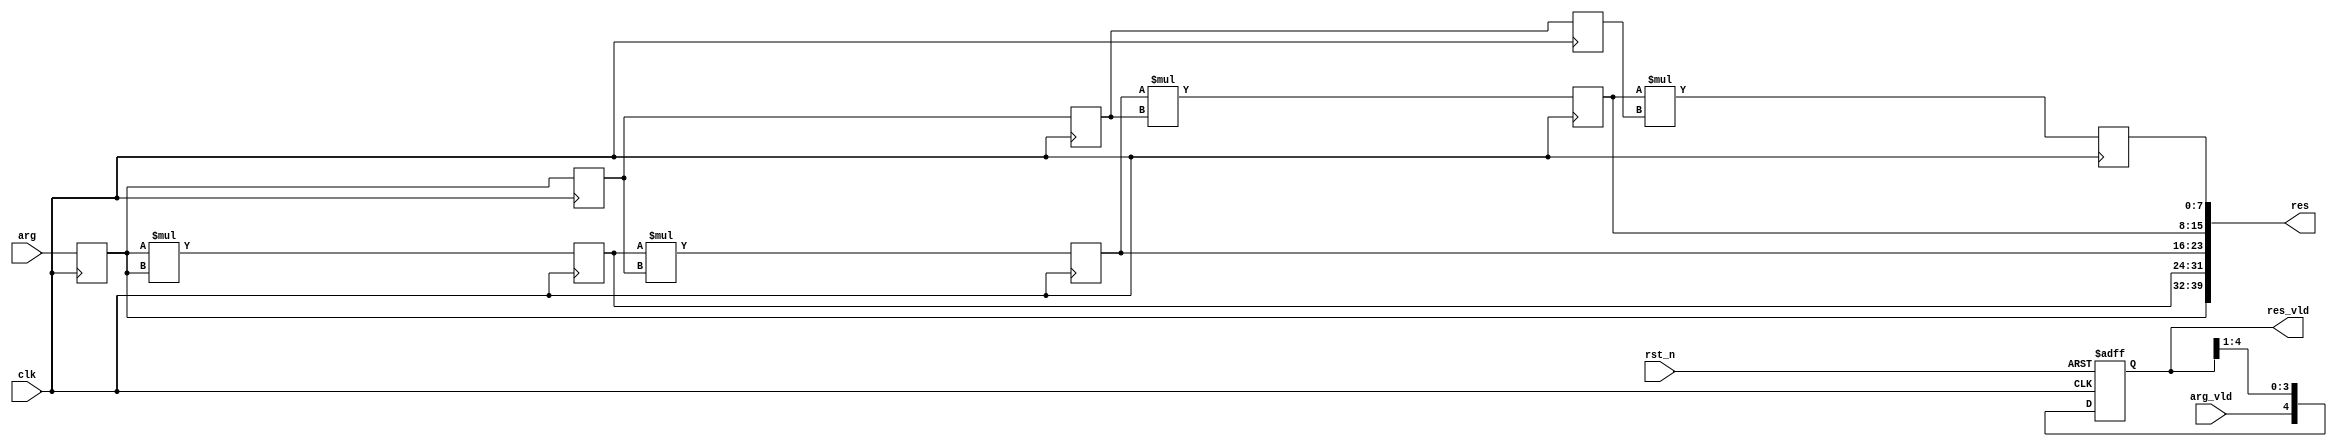
module pow_5_pipe_always_with_array
# (
    parameter w = 8
)
(
    input                    clk,
    input                    rst_n,
    input                    arg_vld,
    input      [    w - 1:0] arg,
    output reg [        4:0] res_vld,
    output reg [5 * w - 1:0] res
);

    reg [w - 1:0] arg_reg [1:4];
    reg [w - 1:0] pow     [2:5];
    reg [    1:5] arg_vld_reg;

    integer i;

    always @ (posedge clk or negedge rst_n)

        if (! rst_n)
        begin
            for (i = 1; i <= 5; i = i + 1)
                arg_vld_reg [i] <= 1'b0;
        end
        else
        begin
            arg_vld_reg [1] <= arg_vld;

            for (i = 1; i <= 4; i = i + 1)
                arg_vld_reg [i + 1] <= arg_vld_reg [i];
        end

    always @ (posedge clk)
    begin
        arg_reg [1] <= arg;

        for (i = 1; i <= 3; i = i + 1)
            arg_reg [i + 1] <= arg_reg [i];

        pow [2] <= arg_reg [1] * arg_reg [1];

        for (i = 2; i <= 4; i = i + 1)
            pow [i + 1] <= pow [i] * arg_reg [i];
    end

    always @*
    begin
        for (i = 1; i <= 5; i = i + 1)
            res_vld [5 - i] = arg_vld_reg [i];

        res [(5 - 1) * w +: w] = arg_reg [1];

        for (i = 2; i <= 5; i = i + 1)
            res [(5 - i) * w +: w] = pow [i];
    end

endmodule